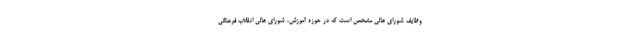
وظایف شورای عالی مشخص است که در حوزه آموزش، شورای عالی انقلاب فرهنگی